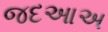
જદઆઅ